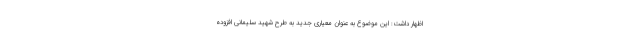
اظهار داشت: این موضوع به عنوان معیاری جدید به طرح شهید سلیمانی افزوده